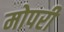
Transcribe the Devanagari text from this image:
मोपरी